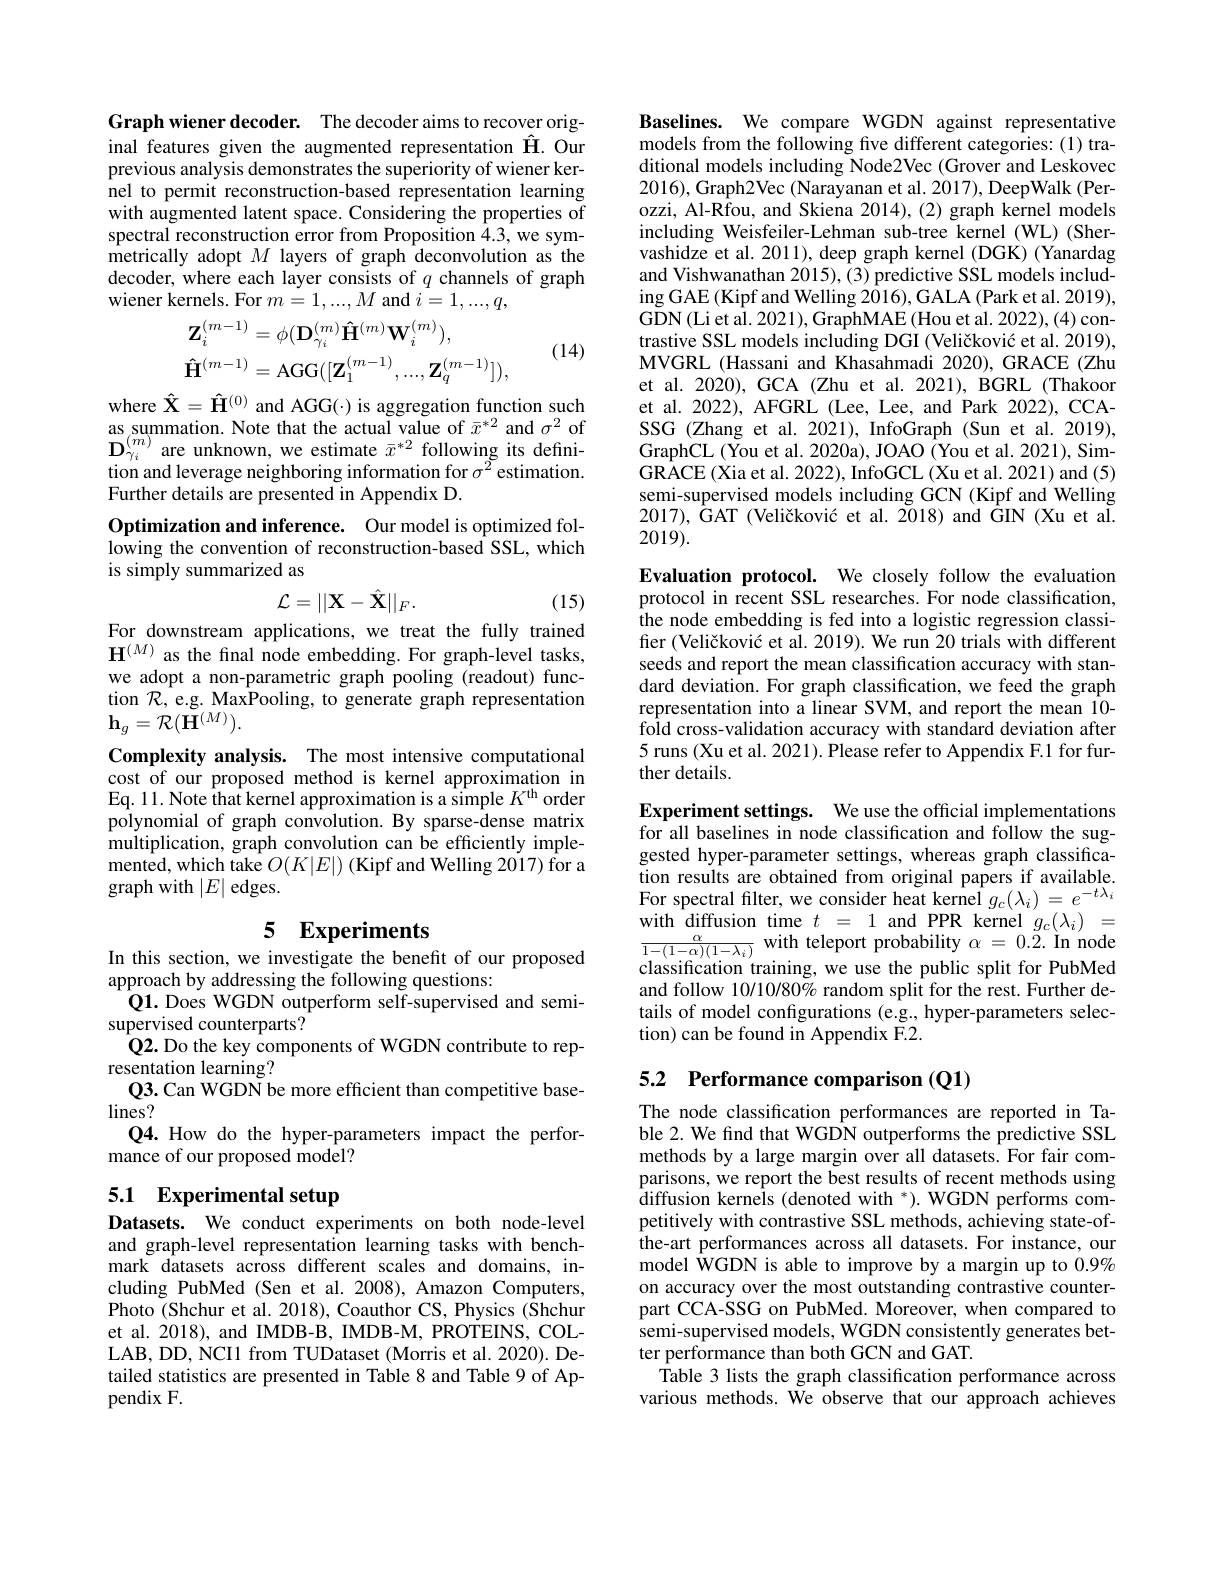
Graph wiener decoder. The decoder aims to recover original features given the augmented representation $\hat{\mathbf{H}}.$ Our previous analysis demonstrates the superiority of wiener kernel to permit reconstruction-based representation learning with augmented latent space. Considering the properties of spectral reconstruction error from Proposition 4.3, we sym- $\hat{\text{metrically adopt }M}$ layers of graph deconvolution as the decoder, where each layer co wiener kernels. For $m=1,...,M$ and $i=1,...,q$,
$$\begin{aligned}&\mathbf{Z}_{i}^{(m-1)}=\phi(\mathbf{D}_{\gamma_{i}}^{(m)}\mathbf{\hat{H}}^{(m)}\mathbf{W}_{i}^{(m)}),\\&\mathbf{\hat{H}}^{(m-1)}=\mathrm{AGG}([\mathbf{Z}_{1}^{(m-1)},...,\mathbf{Z}_{q}^{(m-1)}]),\end{aligned}$$
(14)

where $\hat{\mathbf{X}}=\hat{\mathbf{H}}^{(0)}$ as summation. Note that the $\mathbf{D}_{\gamma_{i}}^{(m)}$are unknown, we estimate $\bar{x}^*2$ following its definition and leverage neighboring information for $\sigma^{2}$estimation. Further details are presented in Appendix D.

Optimization and inference. Our model is optimized following the convention of reconstruction-based SSL, which is simply summarized as
$$\mathcal{L}=||\mathbf{X}-\hat{\mathbf{X}}||_{F}.$$
(15)

For downstream applications, we treat the fully trained $\mathbf{H}^{(M)}$ as the final node embedding. For graph-level tasks, we adopt a non-parametric graph pooling (readout) function $\mathcal{R}$,e.g. MaxPooling, to generate graph representation $\mathbf{h}_{g}=\dot{\mathcal{R}}(\check{\mathbf{H}}^{(M)}).$
Complexity analysis. The most intensive computational cost of our proposed method is kernel approximation in Eq. 11. Note that kernel approximation is a simple $K^\mathrm{th}$ order polynomial of graph convolution. By sparse-dense matrix multiplication, graph convolution can be efficiently implemented, which take $O(K|E|)$ graph with $|E|$ edges.

# 5 Experiments In this section, we investigate the benefit of our proposed

approach by addressing the following questions:
$\dot{\mathbf{Q}}\mathbf{1.~Does~WGDN~outperform~self-supervised~and~semi-}$
supervised counterparts?
Q2. Do the key components of WGDN contribute to rep-
resentation learning?
Q3. Can WGDN be more efficient than competitive base-
lines?
Q4. How do the hyper-parameters impact the perfor-
mance of our proposed model?

# 5.1 Experimental setup

Datasets. We conduct experiments on both node-level and graph-level representation learning tasks with benchmark datasets across differe cluding PubMed (Sen et al. 2008), Amazon Computers, Photo (Shchur et al. 2018), Coauthor CS, Physics ($\hat{\text{Shchur}}$ et al. 2018), and IMDB-B, IMDB-M, PROTEINS, COLLAB, DD, NCI1 from TUDataset (Morris et al. 2020). Detailed statistics are presented in Table 8 and Table 9 of Appendix F.

Baselines. We compare WGDN against representative models from the following five different categories: (1) traditional models including Node2Vec (Grover and Leskovec 2016), Graph2Vec (Narayanan et al. 2017), DeepWalk (Perozzi, Al-Rfou, and Skiena 20 including Weisfeiler-Lehman sub-tree kernel (WL) (Shervashidze et al. 2011), deep graph kernel (DGK) (Yanardag and Vishwanathan 2015), (3) predictive SSL models includ- $\operatorname{ing}\operatorname{GAE}($Kipf and Welling $2\bar{0}16),\operatorname{GALA}($Park et al. 2019), GDN(Liet al. 2021), GraphMAE (Hou et al. 2022), (4) contrastive SSL models including DGI (Veličković et al. 2019), MVGRL (Hassani and Khasahmad et al. 2020), GCA (Zhu et al. 2021), BGRL (Thakoor et al. 2022), AFGRL (Lee, Lee, and Park 2022), CCASSG (Zhang et al. 2021), InfoGraph (Sun et al. 2019), GraphCL (You et al. 2020a), JOAO (You et al. 2021), SimGRACE ( Xia et al. 2022) , InfoGCL ( Xu et al. 2021) and ( 5) semi-supervised models including GCN (Kipf and Welling $2017) , \text{\' {G}AT( Veli\v {c}kovi\' {c}etal. 2018) an\` {d}\^ {G}IN( Xuetal. }$ 2019).

Evaluation protocol. We closely follow the evaluation protocol in recent SSL researches. For node classification, the node embedding is fed into a logistic regression classifier (Veličković et al. 2019 seeds and report the mean classification accuracy with standard deviation. For graph classification, we feed the graph representation into a linear SVM, and report the mean 10- fold cross-validation accuracy with standard deviation after 5 runs (Xu et al. 2021). Please refer to Appendix F.1 for further details.

Experiment settings. We use the official implementations for all baselines in node classification and follow the suggested hyper-parameter settings, whereas graph classifica- $\begin{array}{ll}\text{tion results are obtained from original papers if available.}\\\text{For spectral filter, we consider heat kernel }g_{c}(\lambda_{i})=e^{-t\lambda_{i}}\end{array}$ with diffusion time $t=1$ and PPR kernel $g_c(\lambda_i)=\frac{\alpha}{1-(1-\alpha)(1-\lambda_i)}$ with teleport probability $\alpha=0.2.$ In node classification training, we use the public split for PubMed and follow 10/10/80% random split for the rest. Further details of model configurations (e.g., hyper-parameters selection) can be found in Appendix F.2.

5.2 Performance comparison (Q1)

The node classification performances are reported in Table 2. We find that WGDN outperforms the predictive SSL methods by a large margin over all datasets. For fair comparisons, we report the best $\bar{\text{diffusion kernels (denot}}$ petitively with contrastive SSL methods, achieving state-ofthe-art performances across model $\hat{\mathrm{WGDN~is~able~to~improve~by~a~margin~up~to~0.9%}}$ on accuracy over the most outstanding contrastive counterpart CCA-SSG on PubMed. Moreover, when compared to semi-supervised models, WGDN consistently generates better performance than both GCN and GAT.
Table 3 lists the graph classification performance across various methods. We observe that our approach achieves